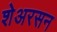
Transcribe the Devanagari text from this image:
शेअरसन